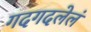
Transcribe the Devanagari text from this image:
गदगदलेलं